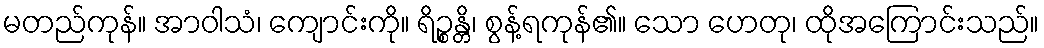
မတည်ကုန်။ အာဝါသံ၊ ကျောင်းကို။ ရိဉ္စန္တိ၊ စွန့်ရကုန်၏။ သော ဟေတု၊ ထိုအကြောင်းသည်။